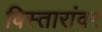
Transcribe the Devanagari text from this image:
विस्तारांवर